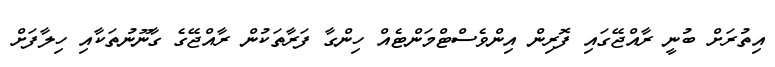
އިތުރަށް ބުނީ ރާއްޖޭގައި ފޮރިން އިންވެސްޓްމަންޓެއް ހިންގާ ފަރާތަކުން ރާއްޖޭގެ ގާނޫނުތަކާއި ހިލާފަށް